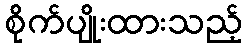
စိုက်ပျိုးထားသည့်